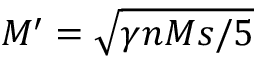
M ^ { \prime } = \sqrt { \gamma n M s / 5 }